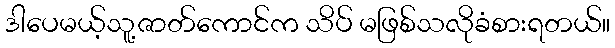
ဒါပေမယ့်သူ့ဇာတ်ကောင်က သိပ် မဖြစ်သလိုခံစားရတယ်။